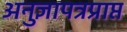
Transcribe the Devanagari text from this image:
अनुज्ञापत्रप्राप्त